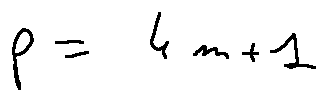
p = 4 m + 1